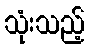
သုံးသည့်